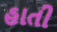
હાતી